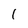
Character: 1